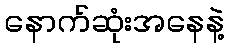
နောက်ဆုံးအနေနဲ့